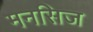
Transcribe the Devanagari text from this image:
मनसिज